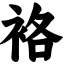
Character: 袼